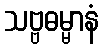
သဗ္ဗဓမ္မာနံ